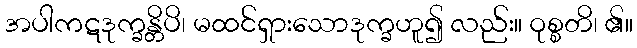
အပါကဋဒုက္ခန္တိပိ၊ မထင်ရှားသောဒုက္ခဟူ၍ လည်း။ ဝုစ္စတိ၊ ၏။